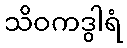
သိဝကဒွါရံ